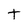
Character: t